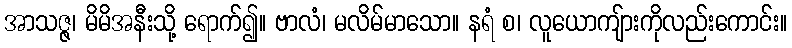
အာသဇ္ဇ၊ မိမိအနီးသို့ ရောက်၍။ ဗာလံ၊ မလိမ်မာသော။ နရံ စ၊ လူယောကျ်ားကိုလည်းကောင်း။